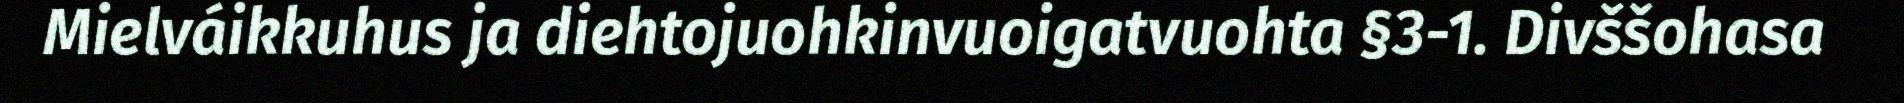
Mielváikkuhus ja diehtojuohkinvuoigatvuohta §3-1. Divššohasa